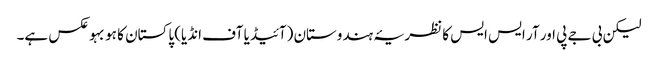
لیکن بی جے پی اور آر ایس ایس کا نظریۂ ہندوستان (آئیڈیا آف انڈیا) پاکستان کا ہو بہو عکس ہے۔